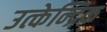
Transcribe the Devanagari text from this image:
उत्केन्द्रिक